Report of the Municipal Commissioner on the plague in Bombay for the year ending 31st May... - Volume 3
Disease focus: Plague
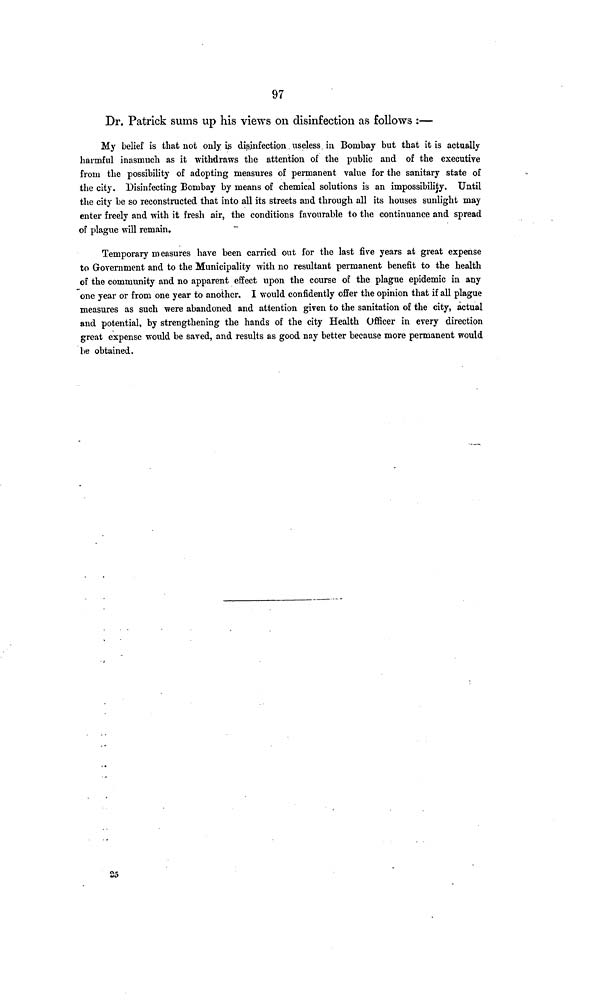
97
Dr. Patrick sums up his views on disinfection as follows :—
My belief is that not only iß disinfection useless in Bombay but that it is actually
harmful inasmuch as it withdraws the attention of the public and of the executive
from the possibility of adopting measures of permanent value for the sanitary state of
the city. Disinfecting Bombay by means of chemical solutions is an impossibility. Until
the city be so reconstructed that into all its streets and through all its houses sunlight may
enter freely and with it fresh air, the conditions favourable to the continuance and spread
of plague will remain.
Temporary measures have been carried out for the last five years at great expense
to Government and to the Municipality with no resultant permanent benefit to the health
of the community and no apparent effect upon the course of the plague epidemic in any
one year or from one year to another. I would confidently offer the opinion that if all plague
measures as such were abandoned and attention given to the sanitation of the city, actual
and potential, by strengthening the hands of the city Health Officer in every direction
great expense would be saved, and results as good nay better because more permanent would
be obtained.
25